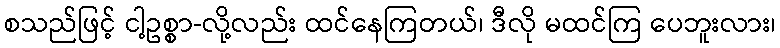
စသည်ဖြင့် ငါ့ဥစ္စာ-လို့လည်း ထင်နေကြတယ်၊ ဒီလို မထင်ကြ ပေဘူးလား၊